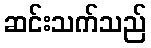
ဆင်းသက်သည်